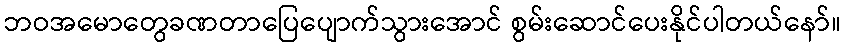
ဘဝအမောတွေခဏတာပြေပျောက်သွားအောင် စွမ်းဆောင်ပေးနိုင်ပါတယ်နော်။